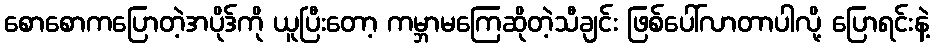
စောစောကပြောတဲ့အပိုဒ်ကို ယူပြီးတော့ ကမ္ဘာမကြေဆိုတဲ့သီချင်း ဖြစ်ပေါ်လာတာပါလို့ ပြောရင်းနဲ့